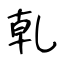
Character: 乹